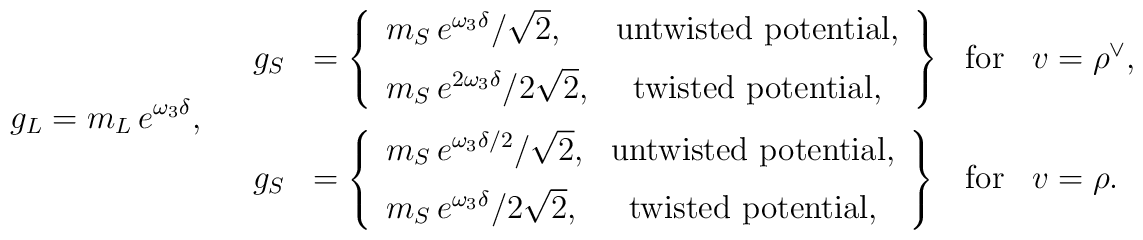
g_L=m_L\,e^{\omega_3\delta},\quad   \begin{array}{llll}   g_S&=\left\{   \begin{array}{lc}      m_S\,e^{\omega_3\delta}/\sqrt2,& \mbox{untwisted      potential},\\[6pt]      m_S\,e^{2\omega_3\delta}/2\sqrt2,& \mbox{twisted potential},      \end{array}      \right\}& \mbox{for}& v=\rho^\vee,      \\[18pt]      g_S&=\left\{      \begin{array}{lc}      m_S\,e^{\omega_3\delta/2}/\sqrt2,& \mbox{untwisted      potential},\\[6pt]      m_S\,e^{\omega_3\delta}/2\sqrt2,& \mbox{twisted potential},      \end{array}      \right\}& \mbox{for}& v=\rho.   \end{array}